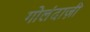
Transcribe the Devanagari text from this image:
गोलंदाज़ी